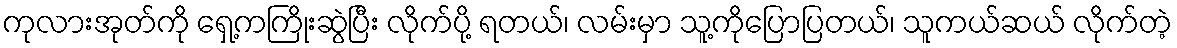
ကုလားအုတ်ကို ရှေ့ကကြိုးဆွဲပြီး လိုက်ပို့ ရတယ်၊ လမ်းမှာ သူ့ကိုပြောပြတယ်၊ သူကယ်ဆယ် လိုက်တဲ့